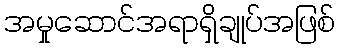
အမှုဆောင်အရာရှိချုပ်အဖြစ်